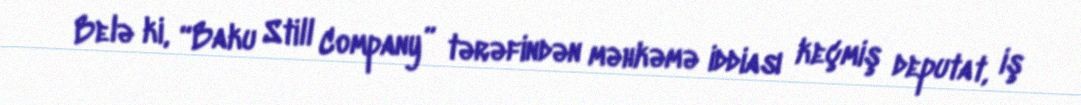
Belə ki, “Baku Still Company” tərəfindən məhkəmə iddiası keçmiş deputat, iş